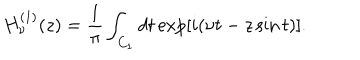
H _ { \nu } ^ { ( 1 ) } ( z ) = \frac { 1 } { \pi } \int _ { C _ { 1 } } d t \exp [ i ( \nu t - z \sin t ) ] .